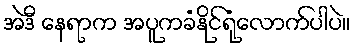
အဲဒီ နေရာက အပူကခံနိုင်ရုံလောက်ပါပဲ။